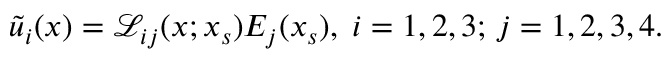
\tilde { u } _ { i } ( \boldsymbol { x } ) = \mathcal { L } _ { i j } ( \boldsymbol { x } ; \boldsymbol { x } _ { s } ) E _ { j } ( \boldsymbol { x } _ { s } ) , \; i = 1 , 2 , 3 ; \, j = 1 , 2 , 3 , 4 .